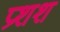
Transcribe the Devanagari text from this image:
प्रशश